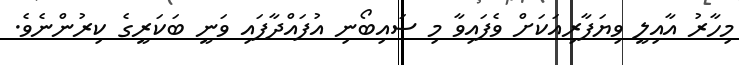
މިހާރު އާއިލީ ވިޔަފާރިއަކަށް ވެފައިވާ މި ސައިބޯނި އުފައްދާފައި ވަނީ ބަކަރީގެ ކިރުންނެވެ.